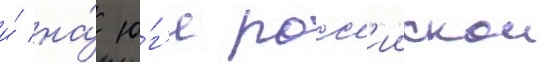
и́ на́ ю́г'е росс'иискои